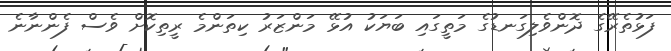
ފަޅުތެރޭގެ ދޮންވެލިގަނޑުގެ މަތީގައި ބަޔަކު އުޅޭ މަންޒަރު ކިތަންމެ ރީތިކޮށް ވެސް ފެންނާނެ